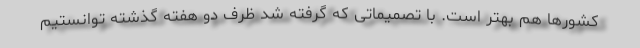
کشورها هم بهتر است. با تصمیماتی که گرفته شد ظرف دو هفته گذشته توانستیم